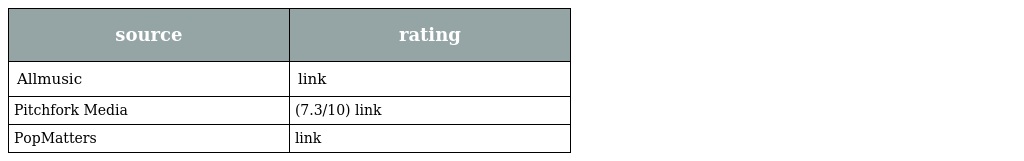
| source | rating |
 | --- | --- |
 | Allmusic | link |
 | Pitchfork Media | (7.3/10) link |
 | PopMatters | link |